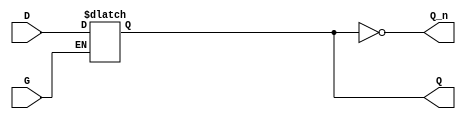
module dual_input_gated_latch (
    input wire D,    // Data input
    input wire G,    // Gate input
    output reg Q,    // Output
    output wire Q_n  // Complement output
);

// Complement output is the inverse of Q
assign Q_n = ~Q;

// Always block to describe the behavior of the latch
always @ (G or D) begin
    if (G) begin
        Q <= D;  // Capture data when G is high
    end
    // When G is low, Q retains its previous state (holding behavior)
end

endmodule